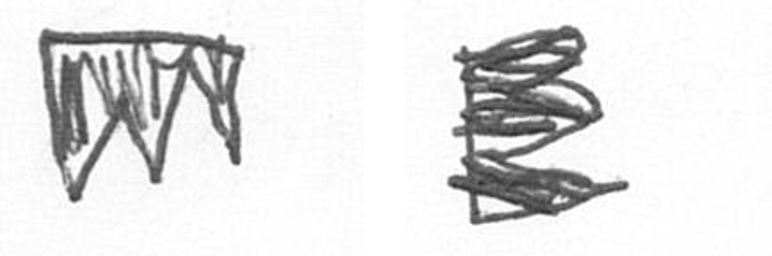
L H